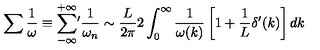
\sum \frac { 1 } { \omega } \equiv \sum _ { - \infty } ^ { + \infty } \! ^ { \prime } \frac { 1 } { \omega _ { n } } \sim \frac { L } { 2 \pi } 2 \int _ { 0 } ^ { \infty } \frac { 1 } { \omega ( k ) } \left[ 1 + \frac { 1 } { L } \delta ^ { \prime } ( k ) \right] d k